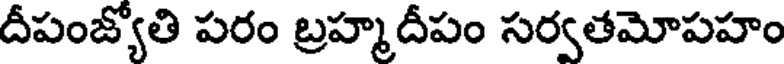
దీపంజ్యోతి పరం బ్రహ్మదీపం సర్వతమోపహం